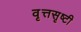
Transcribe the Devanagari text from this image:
वृत्तसृष्टी